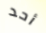
أحد